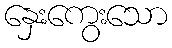
နှေးကွေးသော